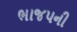
ભાજપની